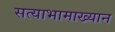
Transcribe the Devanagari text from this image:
सत्याभामाख्यान